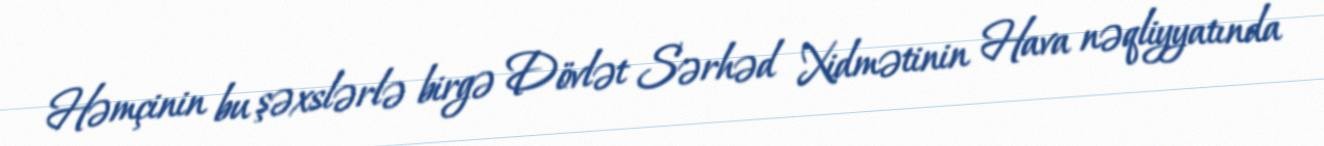
Həmçinin bu şəxslərlə birgə Dövlət Sərhəd Xidmətinin Hava nəqliyyatında